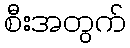
စီးအတွက်